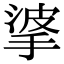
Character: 㨇